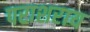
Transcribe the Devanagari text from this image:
पराशराय